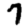
Digit: 7